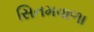
સિતમવાળા